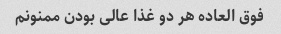
فوق العاده هر دو غذا عالی بودن ممنونم